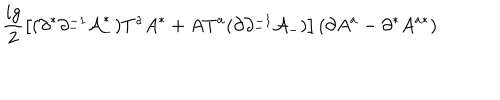
\frac { i g } { 2 } \left[ ( \partial ^ { * } \partial _ { - } ^ { - 1 } { \cal A } _ { - } ^ { * } ) T ^ { a } A ^ { * } + A T ^ { a } ( \partial \partial _ { - } ^ { - 1 } { \cal A } _ { - } ) \right] \left( \partial A ^ { a } - \partial ^ { * } A ^ { a * } \right)